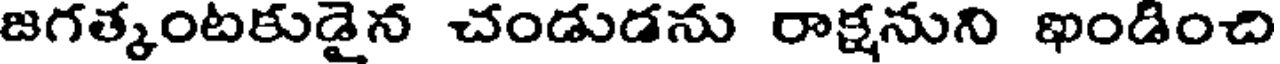
జగత్కంటకుడైన చండుడను రాక్షనుని ఖండించి